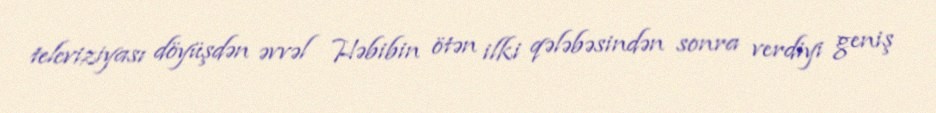
televiziyası döyüşdən əvvəl Həbibin ötən ilki qələbəsindən sonra verdiyi geniş